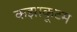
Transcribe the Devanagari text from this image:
कझाकूटम